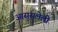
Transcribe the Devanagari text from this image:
आसुसलेली